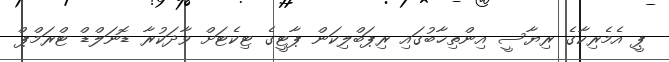
ޕީ އެމެރިކާގެ ރިޔާސީ އިންތިޚާބުގައި ރިޕަބްލިކަން ޕާޓީގެ ޓިކެޓަށް ވާދަކުރާ ޑޮނަލްޑް ޓްރަމްޕް